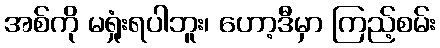
အစ်ကို မရှုံးရပါဘူး၊ ဟော့ဒီမှာ ကြည့်စမ်း